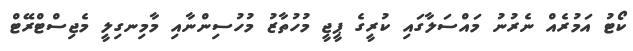
ކޯޓު އަމުރެއް ނެރުނު މައްސަލާގައި ކުރީގެ ޕީޖީ މުހުތާޒު މުހުސިންނާއި މާމިނގިލީ މެޖިސްޓްރޭޓް